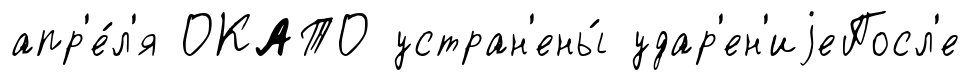
апр'е́л'я ОКАТО устран'ены́ удар'ен'иjеПосл'е